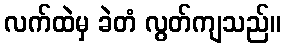
လက်ထဲမှ ခဲတံ လွတ်ကျသည်။